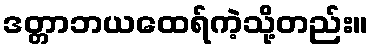
ဒတ္တာဘယထေရ်ကဲ့သို့တည်း။